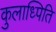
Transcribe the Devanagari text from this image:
कुलाध्पिति